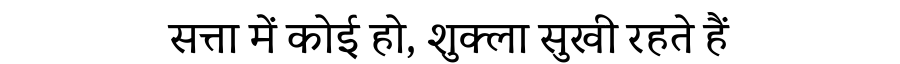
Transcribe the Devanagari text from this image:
सत्ता में कोई हो, शुक्ला सुखी रहते हैं